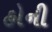
હોની